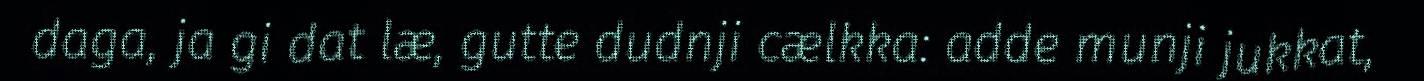
daga, ja gi dat læ, gutte dudnji cælkka: adde munji jukkat,